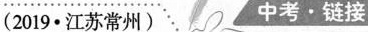
(2019 ∙ 江苏常州) 中考 · 链接